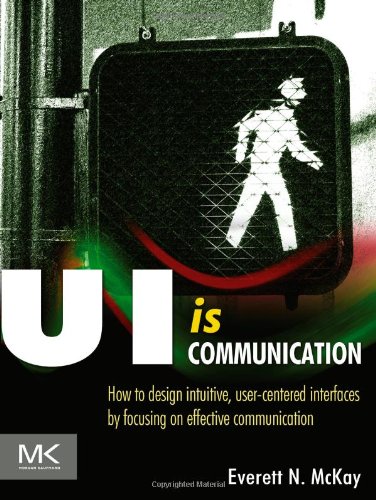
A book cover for UI is Communication: How to Design Intuitive, User Centered Interfaces by Focusing on Effective Communication; Everett N McKay; Computers & Technology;